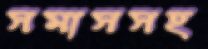
সমাসসহ